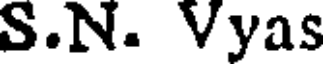
S.N. Vyas